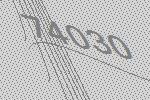
74030